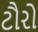
ટૌરો